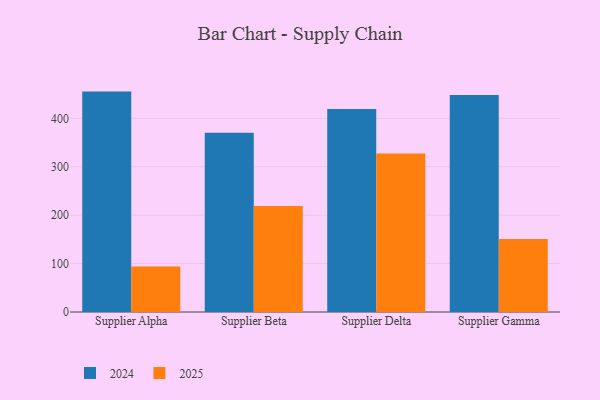
{"axis": {"x": "Supplier", "y": "Demand Index"}, "legend": ["2024", "2025"], "data": [{"x": "Supplier Alpha", "y": 93.9, "type": "2025"}, {"x": "Supplier Alpha", "y": 455.2, "type": "2024"}, {"x": "Supplier Beta", "y": 218.7, "type": "2025"}, {"x": "Supplier Beta", "y": 370.2, "type": "2024"}, {"x": "Supplier Delta", "y": 327.4, "type": "2025"}, {"x": "Supplier Delta", "y": 419.4, "type": "2024"}, {"x": "Supplier Gamma", "y": 150.6, "type": "2025"}, {"x": "Supplier Gamma", "y": 448.1, "type": "2024"}]}